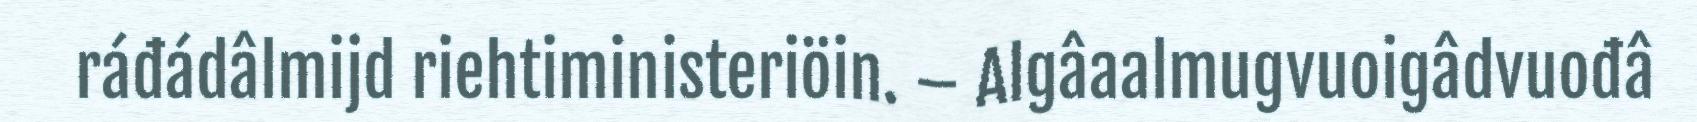
ráđádâlmijd riehtiministeriöin. – Algâaalmugvuoigâdvuođâ